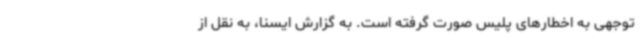
توجهی به اخطارهای پلیس صورت گرفته است. به گزارش ایسنا، به نقل از